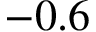
- 0 . 6